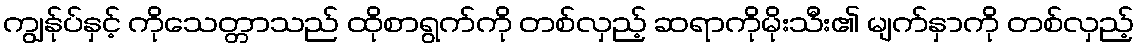
ကျွန်ုပ်နှင့် ကိုသေတ္တာသည် ထိုစာရွက်ကို တစ်လှည့် ဆရာကိုမိုးသီး၏ မျက်နှာကို တစ်လှည့်